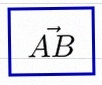
\vec{AB}